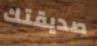
صديقتك